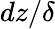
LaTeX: dz/\delta